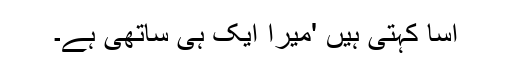
اسا کہتی ہیں 'میرا ایک ہی ساتھی ہے۔